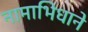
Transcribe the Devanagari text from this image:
नामाभिधाने